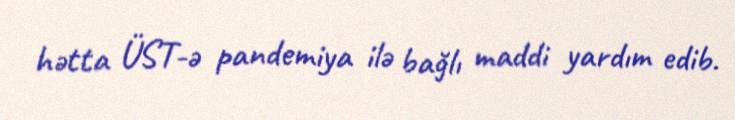
hətta ÜST-ə pandemiya ilə bağlı maddi yardım edib.